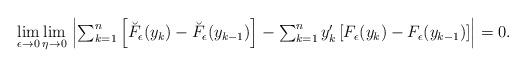
LaTeX: \begin{align*}\begin{array}{l}\underset{\epsilon \rightarrow 0}{\lim }\,\underset{\eta \rightarrow 0}{\lim }\,\left\vert \sum_{k=1}^{n}\left[ \breve{F}_{\epsilon }(y_{k})-\breve{F}_{\epsilon }(y_{k-1})\right] -\sum_{k=1}^{n}y_{k}^{\prime }\left[F_{\epsilon }(y_{k})-F_{\epsilon }(y_{k-1})\right] \right\vert =0.\end{array}\end{align*}